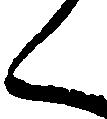
く